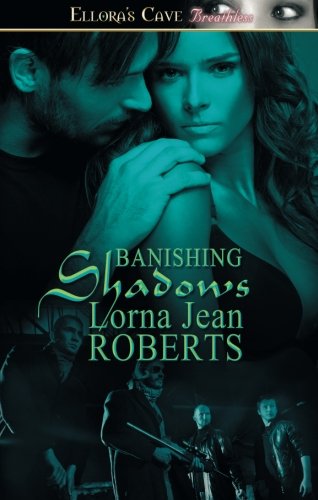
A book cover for Banishing Shadows; Lorna Jean Roberts; Romance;